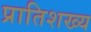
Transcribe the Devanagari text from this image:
प्रातिशख्य